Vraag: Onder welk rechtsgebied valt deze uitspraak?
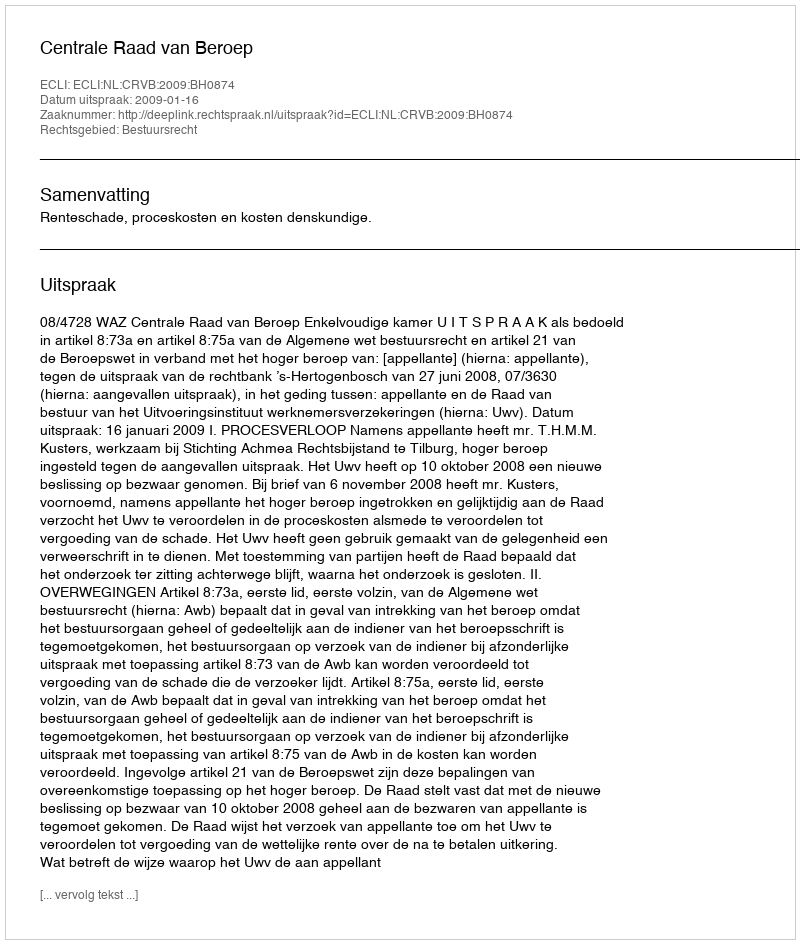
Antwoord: Bestuursrecht